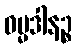
ဓမ္မဒါနဉ္စ